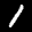
Label: 1